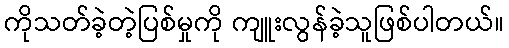
ကိုသတ်ခဲ့တဲ့ပြစ်မှုကို ကျူးလွန်ခဲ့သူဖြစ်ပါတယ်။